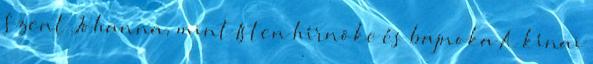
Szent Johanna, mint Isten hírnöke és bajnoka A kínai